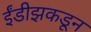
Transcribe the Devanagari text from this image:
ईंडीझकडून